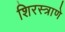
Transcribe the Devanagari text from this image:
शिरस्त्राणे